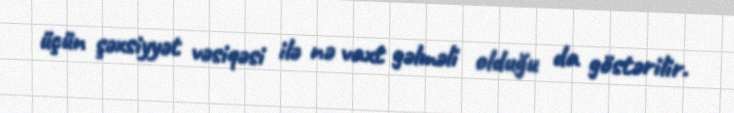
üçün şəxsiyyət vəsiqəsi ilə nə vaxt gəlməli olduğu da göstərilir.